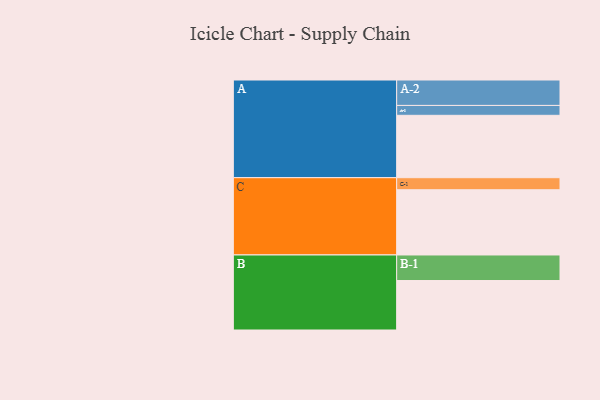
{"axis": {"x": "Segment", "y": "Value"}, "legend": ["", "A", "B", "C"], "data": [{"x": "A", "y": 498, "type": ""}, {"x": "B", "y": 395, "type": ""}, {"x": "C", "y": 521, "type": ""}, {"x": "A-1", "y": 79, "type": "A"}, {"x": "A-2", "y": 203, "type": "A"}, {"x": "B-1", "y": 204, "type": "B"}, {"x": "C-1", "y": 96, "type": "C"}]}